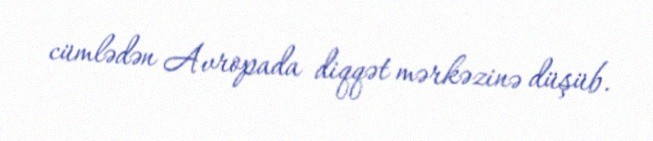
cümlədən Avropada diqqət mərkəzinə düşüb.